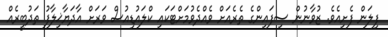
ފިލަން ފެށިއެވެ. ޒުވާނުން ސިފައިންގެ ތެރެއަށް ވެއްދެވުމަށްޓަކައި ކްލައުޑިއުސް ވަރަށް އާދަޔާޚިލާފު ތަދުބީރެއް